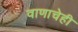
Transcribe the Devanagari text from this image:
वाणाचेही